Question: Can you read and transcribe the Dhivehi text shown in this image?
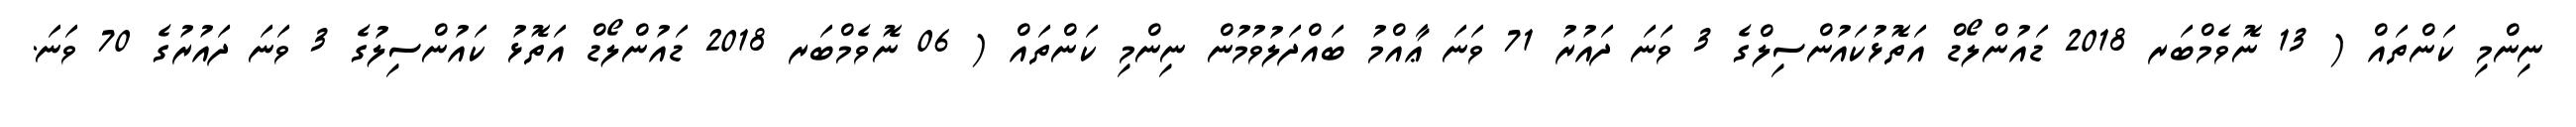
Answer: ނިންމި ކަންތައް ( 13 ނޮވެމްބަރ 2018 ޑައުންލޯޑް އަތޮޅުކައުންސިލްގެ 3 ވަނަ ދައުރު 71 ވަނަ ޢާއްމު ބައްދަލުވުމުން ނިންމި ކަންތައް ( 06 ނޮވެމްބަރ 2018 ޑައުންލޯޑް އަތޮޅު ކައުންސިލުގެ 3 ވަނަ ދައުރުގެ 70 ވަނަ.